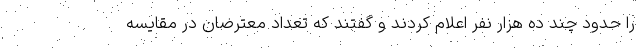
را حدود چند ده هزار نفر اعلام کردند و گفتند که تعداد معترضان در مقایسه